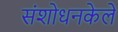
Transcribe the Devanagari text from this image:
संशोधनकेले